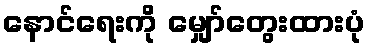
နောင်ရေးကို မျှော်တွေးထားပုံ